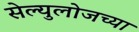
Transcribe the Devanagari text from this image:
सेल्युलोजच्या